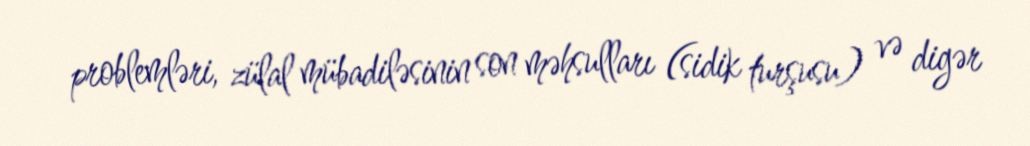
problemləri, zülal mübadiləsinin son məhsulları (sidik turşusu) və digər